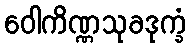
ဝေါကိဏ္ဏသုခဒုက္ခံ